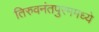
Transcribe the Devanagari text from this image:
तिरुवनंतपुरममध्ये